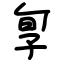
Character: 㝁